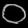
Digit: ၀